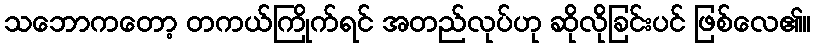
သဘောကတော့ တကယ်ကြိုက်ရင် အတည်လုပ်ဟု ဆိုလိုခြင်းပင် ဖြစ်လေ၏။